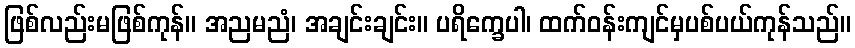
ဖြစ်လည်းမဖြစ်ကုန်။ အညမညံ၊ အချင်းချင်း။ ပရိက္ခေပါ၊ ထက်ဝန်းကျင်မှပစ်ပယ်ကုန်သည်။